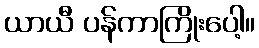
ယာယီ ပန်ကာကြိုးပေါ့။